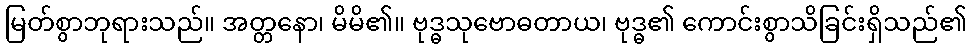
မြတ်စွာဘုရားသည်။ အတ္တနော၊ မိမိ၏။ ဗုဒ္ဓသုဗောဓတာယ၊ ဗုဒ္ဓ၏ ကောင်းစွာသိခြင်းရှိသည်၏